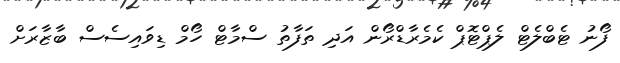
ފޯނު ޓެބްލެޓް ލެޕްޓޮޕް ކެމެރާޑްރޯން އަދި ތަފާތު ސްމާޓް ހޯމް ޑިވައިސެސް ބާޒާރަށް